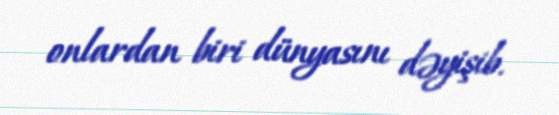
onlardan biri dünyasını dəyişib.